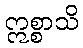
ဣစ္စာသိ